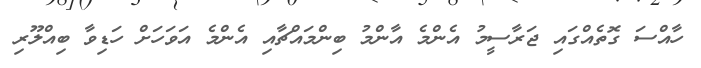
ހާއްސަ ގޮތެއްގައި ޖަރާސީމު އެންމެ އާންމު ބިންމައްޗާއި އެންމެ އަވަހަށް ހަޑިވާ ބިއްލޫރި